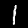
Digit: 1